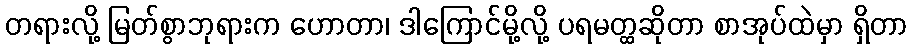
တရားလို့ မြတ်စွာဘုရားက ဟောတာ၊ ဒါကြောင်မို့လို့ ပရမတ္ထဆိုတာ စာအုပ်ထဲမှာ ရှိတာ